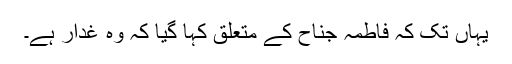
یہاں تک کہ فاطمہ جناح کے متعلق کہا گیا کہ وہ غدار ہے۔